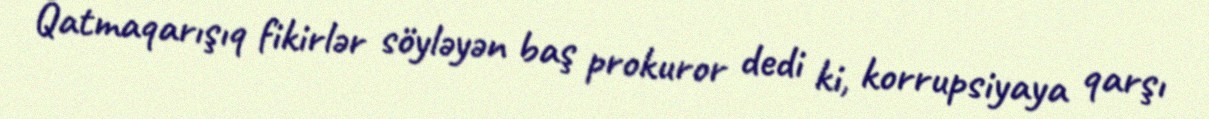
Qatmaqarışıq fikirlər söyləyən baş prokuror dedi ki, korrupsiyaya qarşı